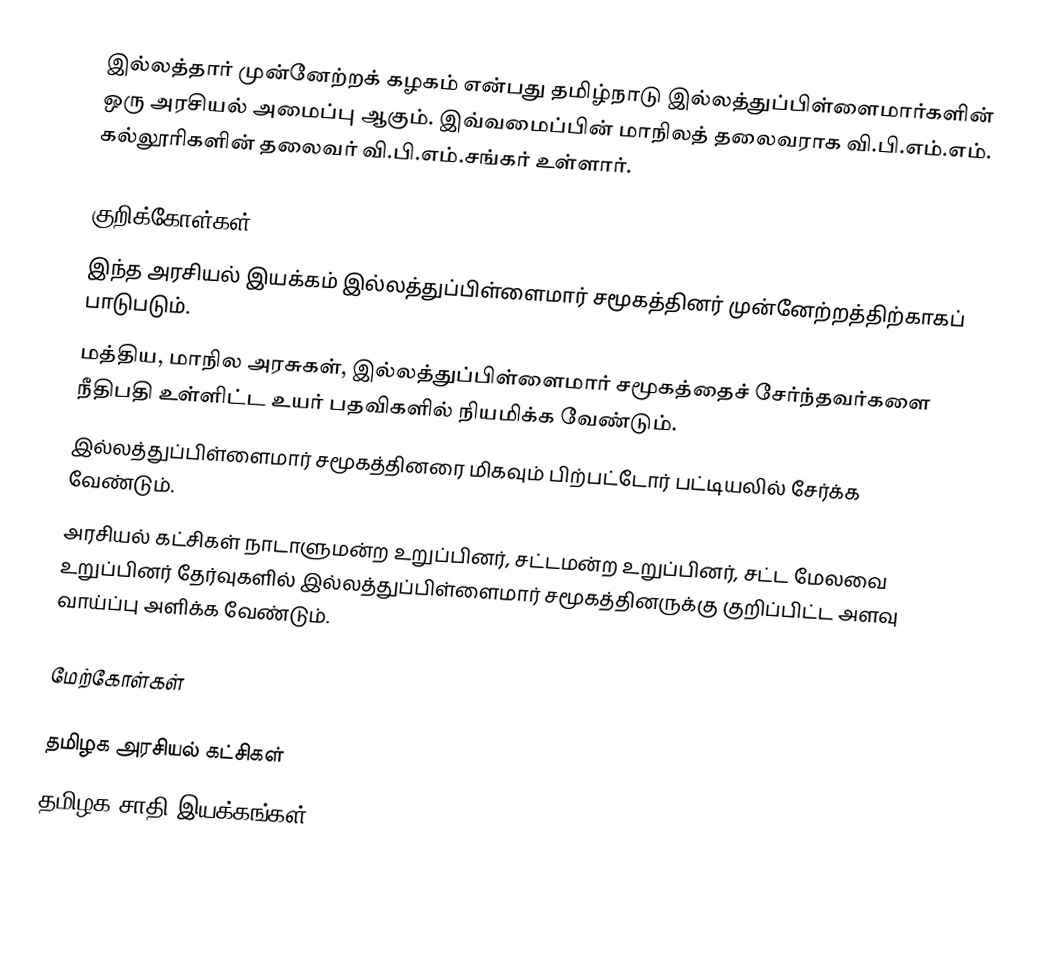
இல்லத்தார் முன்னேற்றக் கழகம் என்பது தமிழ்நாடு இல்லத்துப்பிள்ளைமார்களின் ஒரு அரசியல் அமைப்பு ஆகும். இவ்வமைப்பின் மாநிலத் தலைவராக வி.பி.எம்.எம். கல்லூரிகளின் தலைவர் வி.பி.எம்.சங்கர் உள்ளார்.

குறிக்கோள்கள்
 இந்த அரசியல் இயக்கம் இல்லத்துப்பிள்ளைமார் சமூகத்தினர் முன்னேற்றத்திற்காகப் பாடுபடும்.
 மத்திய, மாநில அரசுகள், இல்லத்துப்பிள்ளைமார் சமூகத்தைச் சேர்ந்தவர்களை நீதிபதி உள்ளிட்ட உயர் பதவிகளில் நியமிக்க வேண்டும்.
 இல்லத்துப்பிள்ளைமார் சமூகத்தினரை மிகவும் பிற்பட்டோர் பட்டியலில் சேர்க்க வேண்டும்.
 அரசியல் கட்சிகள் நாடாளுமன்ற உறுப்பினர், சட்டமன்ற உறுப்பினர், சட்ட மேலவை உறுப்பினர் தேர்வுகளில் இல்லத்துப்பிள்ளைமார் சமூகத்தினருக்கு குறிப்பிட்ட அளவு வாய்ப்பு அளிக்க வேண்டும்.

மேற்கோள்கள்

தமிழக அரசியல் கட்சிகள்
தமிழக சாதி இயக்கங்கள்